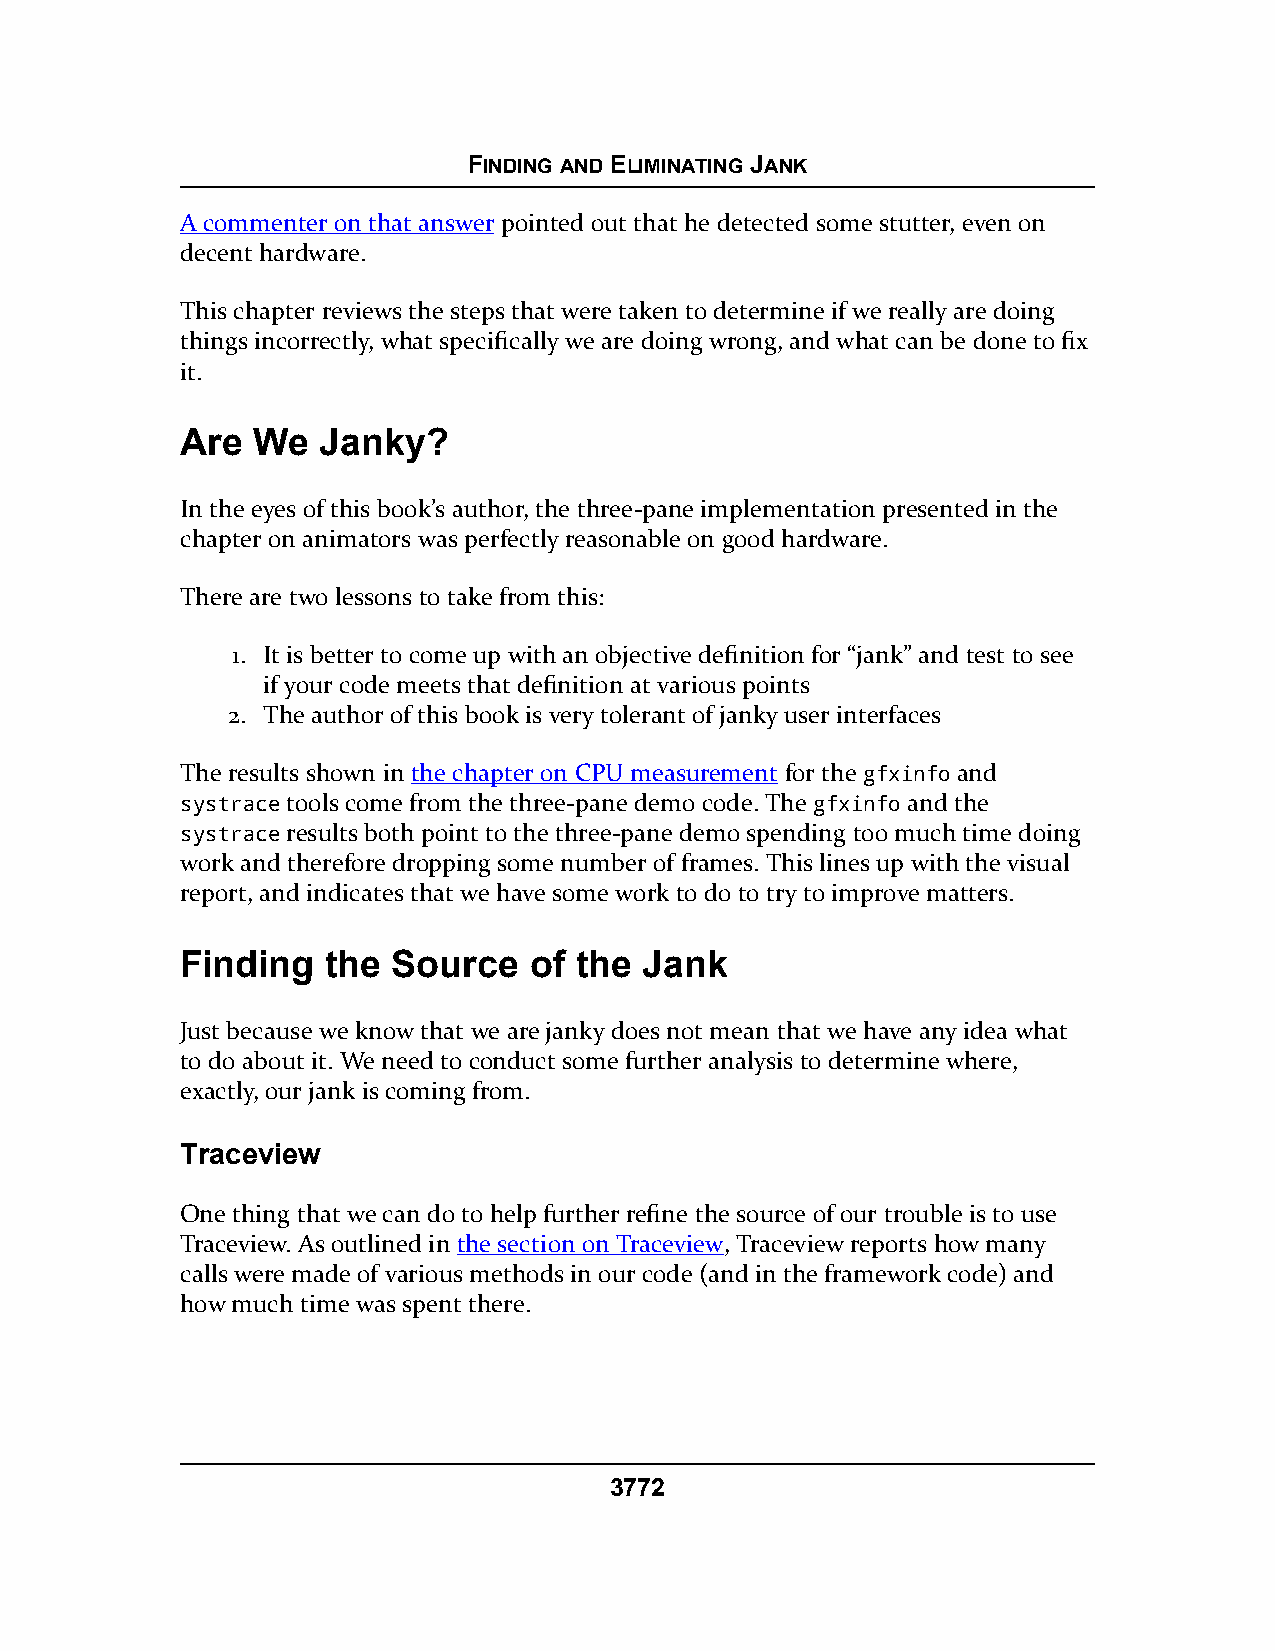
FINDING AND ELIMINATING JANK
 A commenter on that answer pointed out that he detected some stutter, even on
 decent hardware.
 This chapter reviews the steps that were taken to determine if we really are doing
 things incorrectly, what specifically we are doing wrong, and what can be done to fix
 it.
 Are  We  Janky?
 In the eyes of this book’s author, the three-pane implementation presented in the
 chapter on animators was perfectly reasonable on good hardware.
 There are two lessons to take from this:
 1. It is better to come up with an objective definition for “jank” and test to see
 if your code meets that definition at various points
 2. The author of this book is very tolerant of janky user interfaces
 The results shown in the chapter on CPU measurement for the gfxinfo and
 systrace tools come from the three-pane demo code. The gfxinfo and the
 systrace results both point to the three-pane demo spending too much time doing
 work and therefore dropping some number of frames. This lines up with the visual
 report, and indicates that we have some work to do to try to improve matters.
 Finding   the Source   of the  Jank
 Just because we know that we are janky does not mean that we have any idea what
 to do about it. We need to conduct some further analysis to determine where,
 exactly, our jank is coming from.
 Traceview
 One thing that we can do to help further refine the source of our trouble is to use
 Traceview. As outlined in the section on Traceview, Traceview reports how many
 calls were made of various methods in our code (and in the framework code) and
 how much time was spent there.
 3772